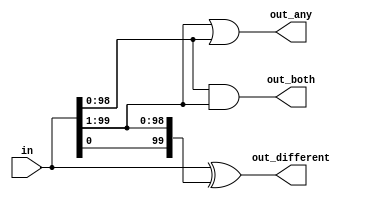
module top_module (
	input [99:0] in,
	output [98:0] out_both,
	output [99:1] out_any,
	output [99:0] out_different
);

	// See gatesv for explanations.
	assign out_both = in & in[99:1];
	assign out_any = in[99:1] | in ;
	assign out_different = in ^ {in[0], in[99:1]};

endmodule